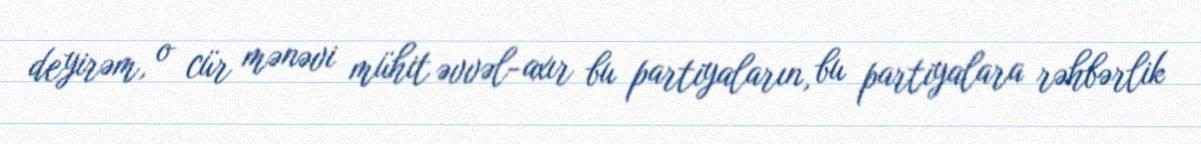
deyirəm, o cür mənəvi mühit əvvəl-axır bu partiyaların, bu partiyalara rəhbərlik